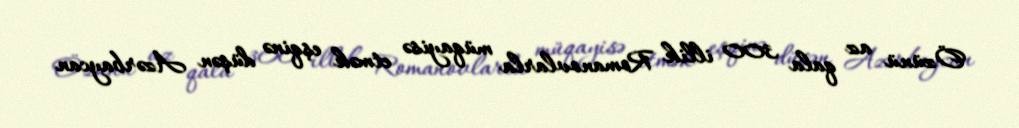
Özünü az qala 300 illik Romanovlarla müqayisə etmək eşqinə düşən Azərbaycan